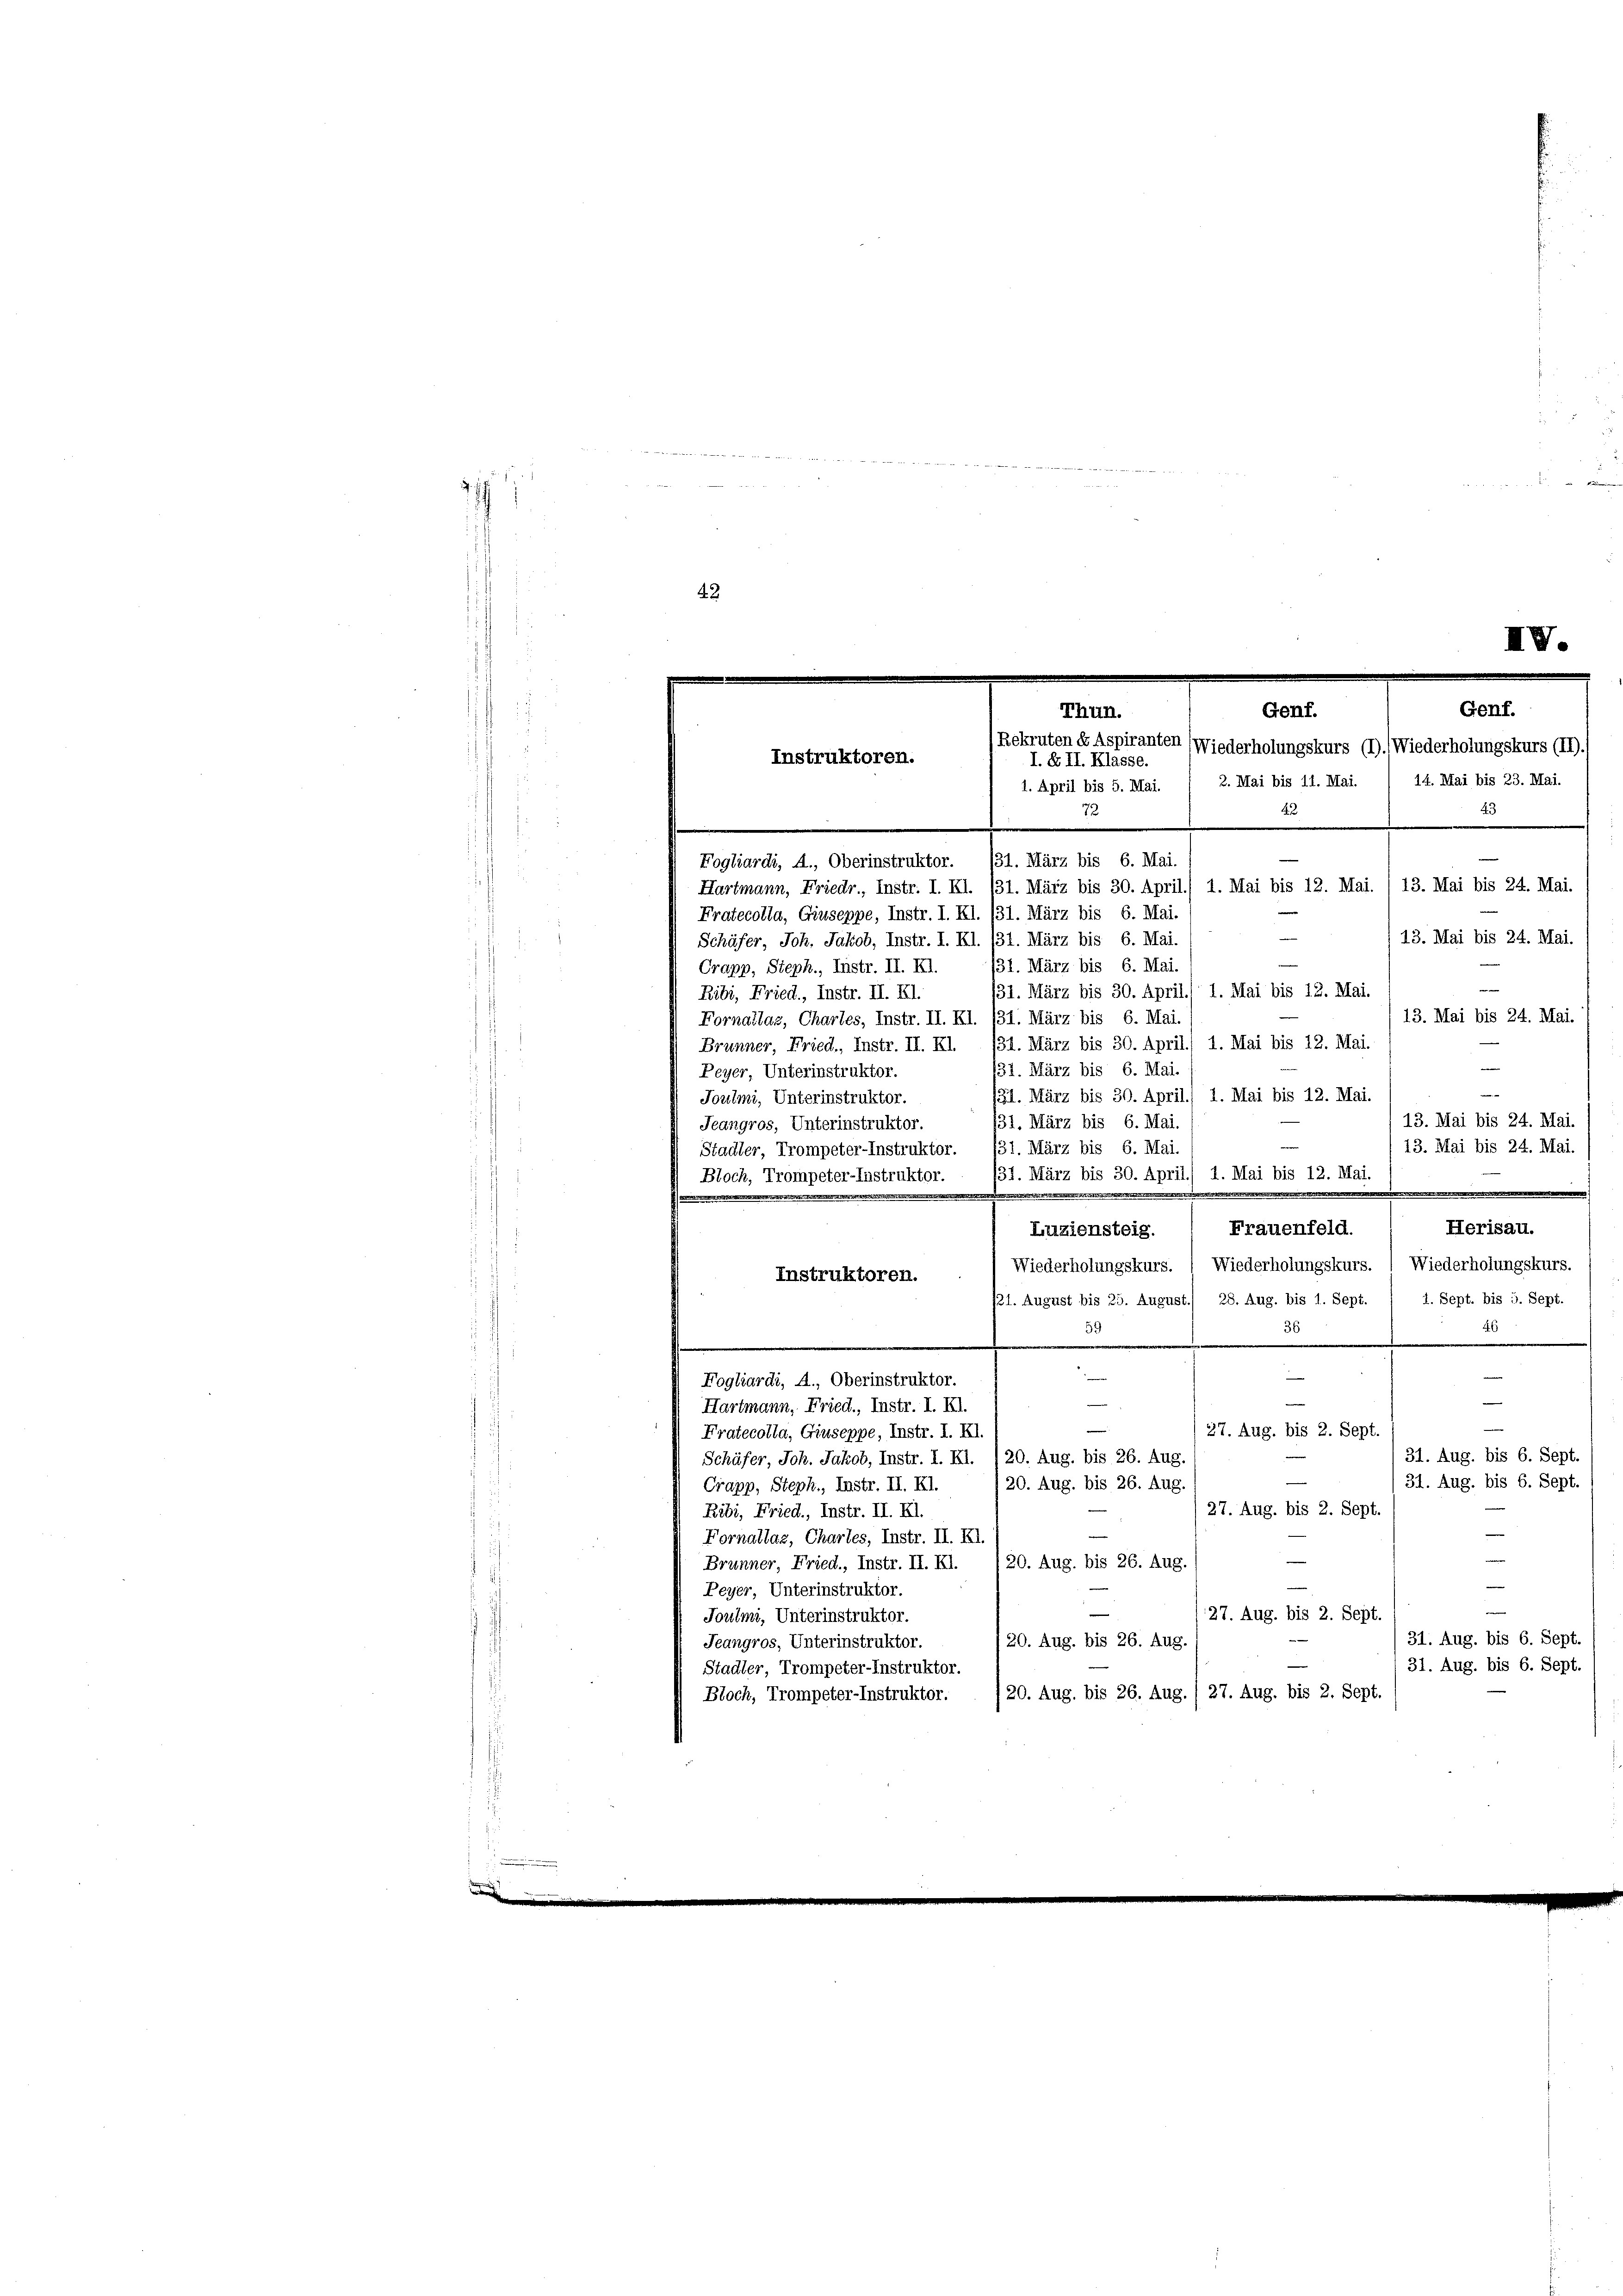
i

7
Fogliardi, A., Oberinstruktor. 131. März bis 6. Mai.
d
Hartmann, Friedr., Instr. I. Kl. 131. März bis 30. April./ 1. Mai bis 12. Mai. / 13. Mai bis 24. Mai.
Fratecolla, Giuseppe, Instr. I. Kl. 131. März bis 6. Mai.
—
13. Mai bis 24. Mai.
Schäfer, Joh. Jakob, Instr. I. Kl. 131. März bis 6. Mai.
31. März bis 6. Mai.
Crapp, Steph., Instr. II. XI.
31. März bis 30. April. 1. Mai bis 12. Mai.
Ribi, Fried., Instr. II. Kl.
13. Mai bis 24. Mai.
Fornailaz, Charles, Instr. II. Kl. 131. März bis 6. Mai.
Brunner, Fried., Instr. II. XI. 131. März bis 30. April) 1. Mai bis 12. Mai.
131. März bis 6. Mai.
Peyer, Unterinstruktor.
—
131. März bis 30. April) 1. Mai bis 12. Mai.
Joulmi, Unterinstruktor.
13. Mai bis 24. Mai.
731. März bis 6. Mai.
Jeangros, Unterinstruktor.
13. Mai bis 24. Mai.
Stadler, Trompeter-Instruktor. 31. März bis 6. Mai.
131. März bis 30. April. 1. Mai bis 12. Mai.
Bloch, Trompeter-Instruktor.
Herisau.
Frauenfeld.
Luziensteig.
Wiederholungskurs. ( Wiederholungskurs. ( Wiederholungskurs.
Instruktoren.
21. August bis 25. August./ 28. Aug. bis 1. Sept. / I. Sept. bis 5. Sept.
59
46
36

r
Fogliardi, A., Oberinstruktor.
—
—
e
Hartmann, Fried., Instr. I. II.
(27. Aug. bis 2. Sept.
Fratecolla, Giuseppe, Instr. I. XI.
31. Aug. bis 6. Sept.
Schäfer, Joh. Jakob, Instr. I. Kl. (20. Aug. bis 26. Aug.
31. Aug. bis 6. Sept.
20. Aug. bis 26. Aug.
Crapp, Steph., Instr. II. XI.
(27. Aug. bis 2. Sept.
Ribi, Fried., Instr. II. Kl.
—
Fornallaz, Chartes, Instr. II. XI.
Brunner, Fried., Instr. II. Kl. (20. Aug. bis 26. Aug.
Peyer, Unterinstruktor.
27. Aug. bis 2. Sept.
Jouimi, Unterinstruktor.
31. Aug. bis 6. Sept.
20. Aug. bis 26. Aug.
Jeangros, Unterinstruktor.
31. Aug. bis 6. Sept.
Stadler, Trompeter-Instruktor.
/20. Aug. bis 26. Aug. / 27. Aug. bis 2. Sept.
Bloch, Trompeter-Instruktor.

n

t
 K
42

IV.
Genf.
Thun.
Genf.
Rekruten de Aspiranten (Wiederholungskurs (I). Wiederholungskurs (II).
I. & II. Klasse.
Instruktoren.
.
14. Mai bis 23. Mai.
2. Mai bis 11. Mai.
1. April bis 5. Mai.
43
42
72